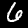
Digit: 6